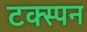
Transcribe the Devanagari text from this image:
टक्स्पन